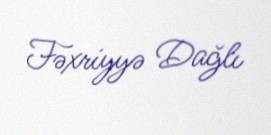
Fəxriyyə Dağlı